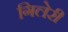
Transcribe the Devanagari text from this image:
गिलेरी